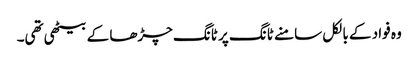
وہ فواد کے بالکل سامنے ٹانگ پر ٹانگ چڑھا کے بیٹھی تھی۔